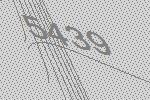
5439